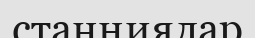
станңиялар